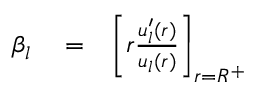
\begin{array} { r l r } { \beta _ { l } } & { { } = } & { \left[ r \frac { u _ { l } ^ { \prime } ( r ) } { u _ { l } ( r ) } \right] _ { r = R ^ { + } } } \end{array}